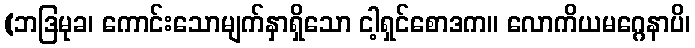
(ဘဒြမုခ၊ ကောင်းသောမျက်နှာရှိသော ငါ့ရှင်စောဒက။ လောကိယမဂ္ဂေနာပိ၊